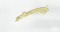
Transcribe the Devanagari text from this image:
डोळ्यासमोरच